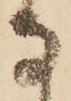
な